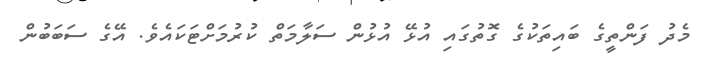
މެދު ފަންތީގެ ބައިތަކުގެ ގޮތުގައި އުޅޭ އުޅުން ސަލާމަތް ކުރުމަށްޓަކައެވެ. އޭގެ ސަބަބުން